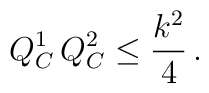
Q_C^1 \, Q_C^2 \leq {k^2 \over 4} \,.